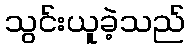
သွင်းယူခဲ့သည်